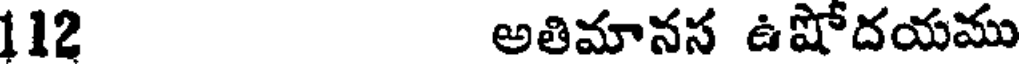
112 అతిమానస ఉషోదయము